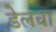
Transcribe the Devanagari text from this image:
डेलचा